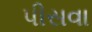
પીસવા